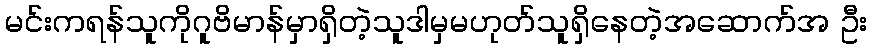
မင်းကရန်သူကိုဂူဗိမာန်မှာရှိတဲ့သူဒါမှမဟုတ်သူရှိနေတဲ့အဆောက်အ ဦး